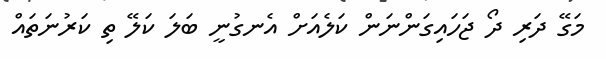
މަގޭ ދަރި ދޯ ޖަހައިގަންނަން ކަލެއަށް އެނގުނީ ބަލަ ކަލޭ ތި ކަރުނަތައް